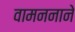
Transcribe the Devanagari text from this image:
वामननाने